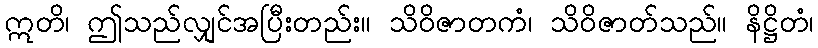
ဣတိ၊ ဤသည်လျှင်အပြီးတည်း။ သိဝိဇာတကံ၊ သိဝိဇာတ်သည်။ နိဋ္ဌိတံ၊